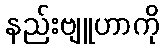
နည်းဗျူဟာကို